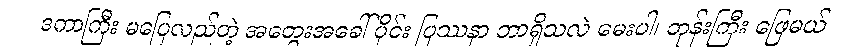
ဒကာကြီး မပြေလည်တဲ့ အတွေးအခေါ် ပိုင်း ပြဿနာ ဘာရှိသလဲ မေးပါ၊ ဘုန်းကြီး ဖြေမယ်